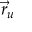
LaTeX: { \vec { r } } _ { u }